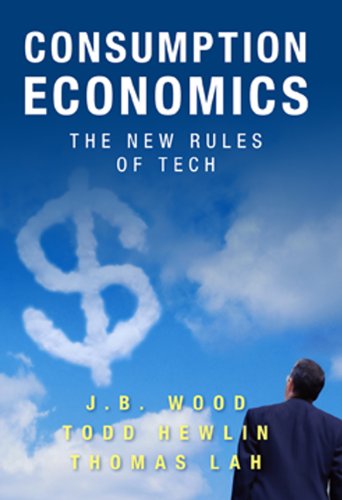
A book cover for Consumption Economics: The New Rules of Tech; J.B. Wood; Computers & Technology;